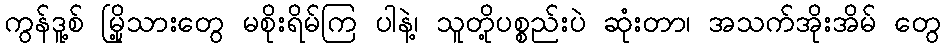
ကွန်ဒူ့စ် မြို့သားတွေ မစိုးရိမ်ကြ ပါနဲ့၊ သူတို့ပစ္စည်းပဲ ဆုံးတာ၊ အသက်အိုးအိမ် တွေ